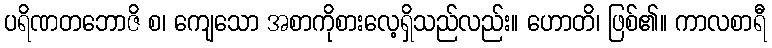
ပရိဏတဘောဇိ စ၊ ကျေသော အစာကိုစားလေ့ရှိသည်လည်း။ ဟောတိ၊ ဖြစ်၏။ ကာလစာရီ